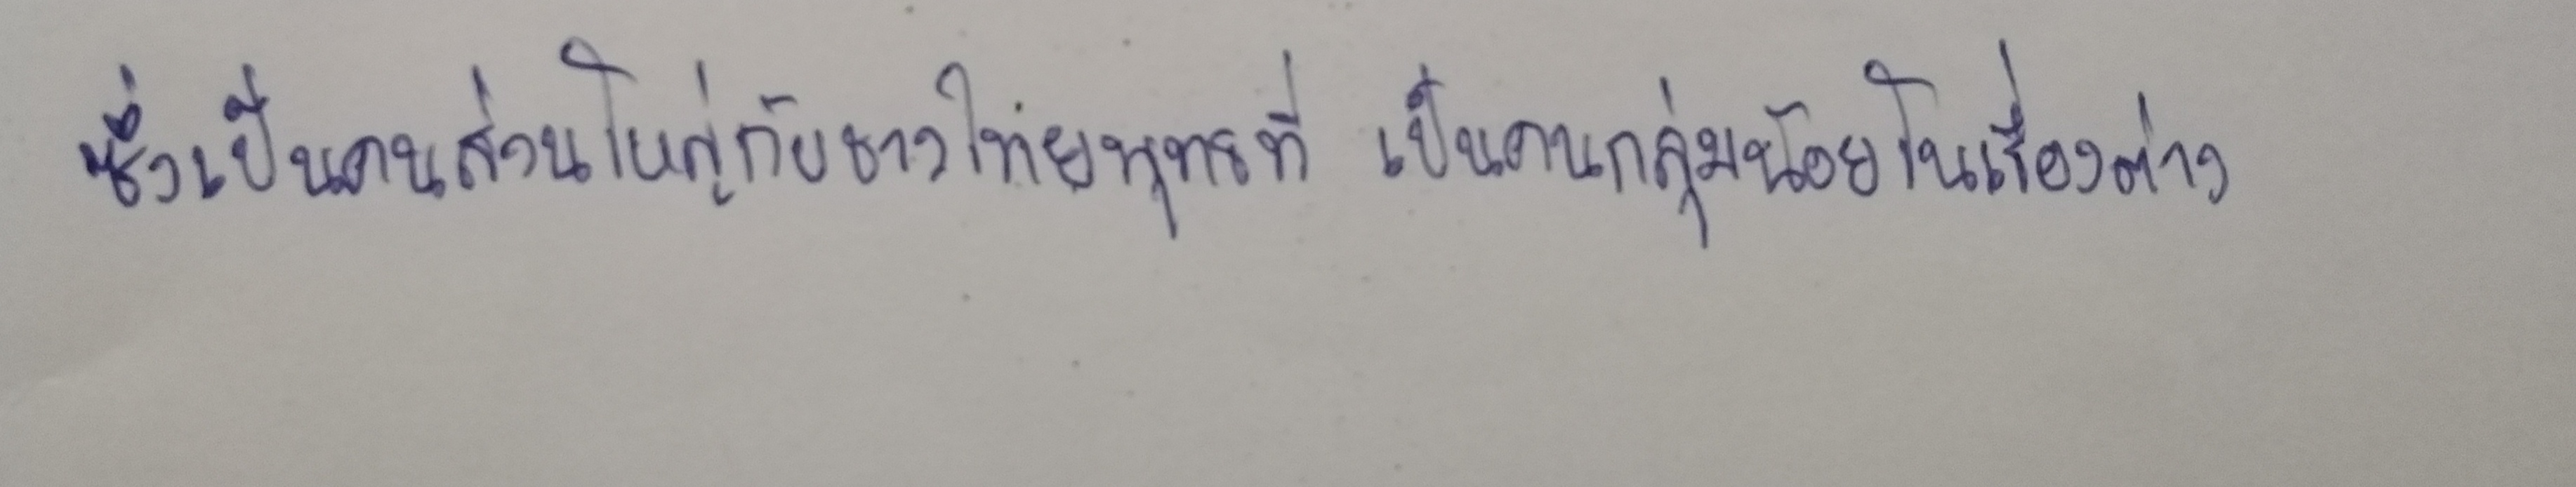
ซึ่งเป็นคนส่วนใหญ่กับชาวไทยพุทธที่เป็นคนกลุ่มน้อยในเรื่องต่าง